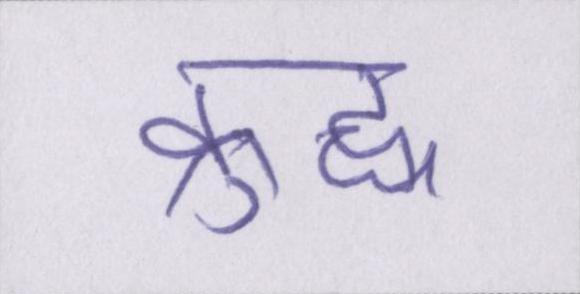
क्रुद्ध